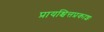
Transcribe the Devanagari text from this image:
प्रायश्चित्तप्रकाशः